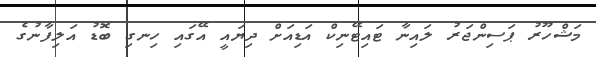
މަޝްހޫރު ޕަސިންޖަރު ލައިނާ ޓައިޓޭނިކް އަޑިއަށް ދިޔައީ އޭގައި ހިނގި ބޮޑު އަލިފާނުގެ